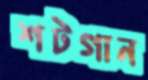
শটগান